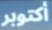
أكتوبر